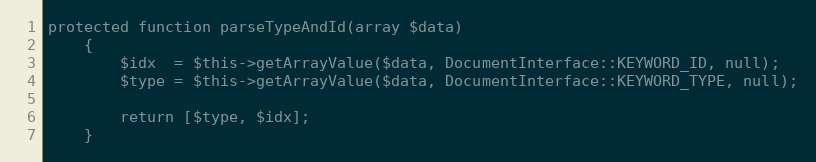
Language: PHP
protected function parseTypeAndId(array $data)
    {
        $idx  = $this->getArrayValue($data, DocumentInterface::KEYWORD_ID, null);
        $type = $this->getArrayValue($data, DocumentInterface::KEYWORD_TYPE, null);

        return [$type, $idx];
    }